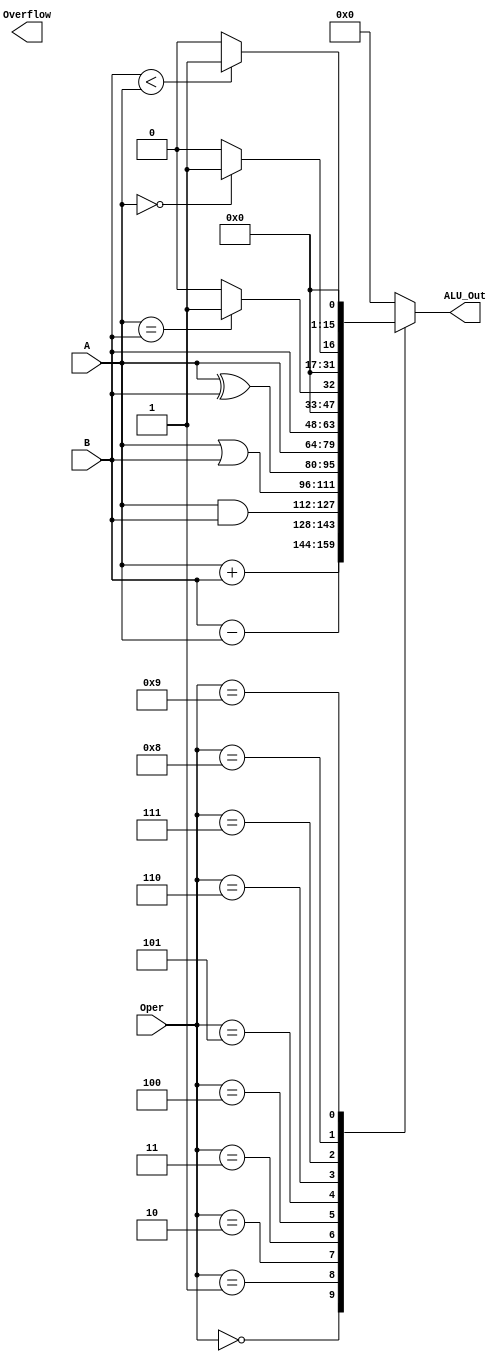
`timescale 1ns / 1ps


// This component takes two 16 bit values and an
// op code. It then outputs the result of doing the
// correct operation.

module alu(
	input [3:0] Oper,
	input [15:0] A,
	input [15:0] B,
	
	output reg [15:0] ALU_Out,
	output reg Overflow
	);
	
	always @ ( * )
	begin
		case(Oper)
			4'b0000:	//add
				ALU_Out <= A + B;
			4'b0001:	//sub
				ALU_Out <= B - A;
			4'b0010:	//logical and
				ALU_Out <= A & B;
			4'b0011:	//logical or
				ALU_Out <= A | B;
			4'b0100:	//logical xor
				ALU_Out <= A ^ B;
			4'b0101:	//select A
				ALU_Out <= A;
			4'b0110:	//select B
				ALU_Out <= B;
			4'b0111:	//A == B? 1:0
				if (A == B)
					ALU_Out <= 1;
				else
					ALU_Out <= 0;
			4'b1000:	//A == 0? 1:0
				if (A == 0)
					ALU_Out <= 1;
				else
					ALU_Out <= 0;
			4'b1001:	//B < A? 1:0
				if (B < A)
					ALU_Out <= 1;
				else
					ALU_Out <= 0;
//			4'b1010:
//				ALU_Out <= 
//			4'b1011:
//				ALU_Out <= 
//			4'b1100:
//				ALU_Out <= 
//			4'b1101:
//				ALU_Out <= 
//			4'b1110:
//				ALU_Out <= 
//			4'b1111:
//				ALU_Out <= 
			default: 
				ALU_Out <= 0;
		endcase
	end
	 
	 


endmodule